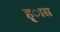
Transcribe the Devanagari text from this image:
ह्ास